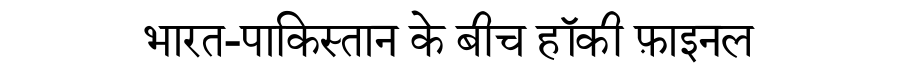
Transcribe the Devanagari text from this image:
भारत-पाकिस्तान के बीच हॉकी फ़ाइनल